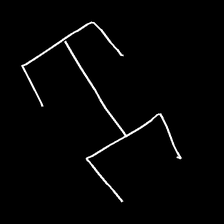
Glyph: entwine